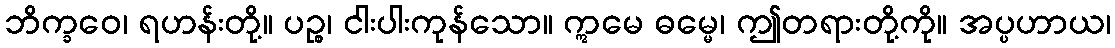
ဘိက္ခဝေ၊ ရဟန်းတို့။ ပဉ္စ၊ ငါးပါးကုန်သော။ ဣမေ ဓမ္မေ၊ ဤတရားတို့ကို။ အပ္ပဟာယ၊